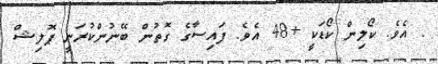
. އެވެ. ކޯލިން ކޯޑަކީ +48 އެވެ. ފައިސާގެ ގޮތުން ބޭނުންކުރަނީ ޕޮލިޝް